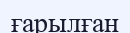
ғарылған